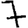
Digit: 7